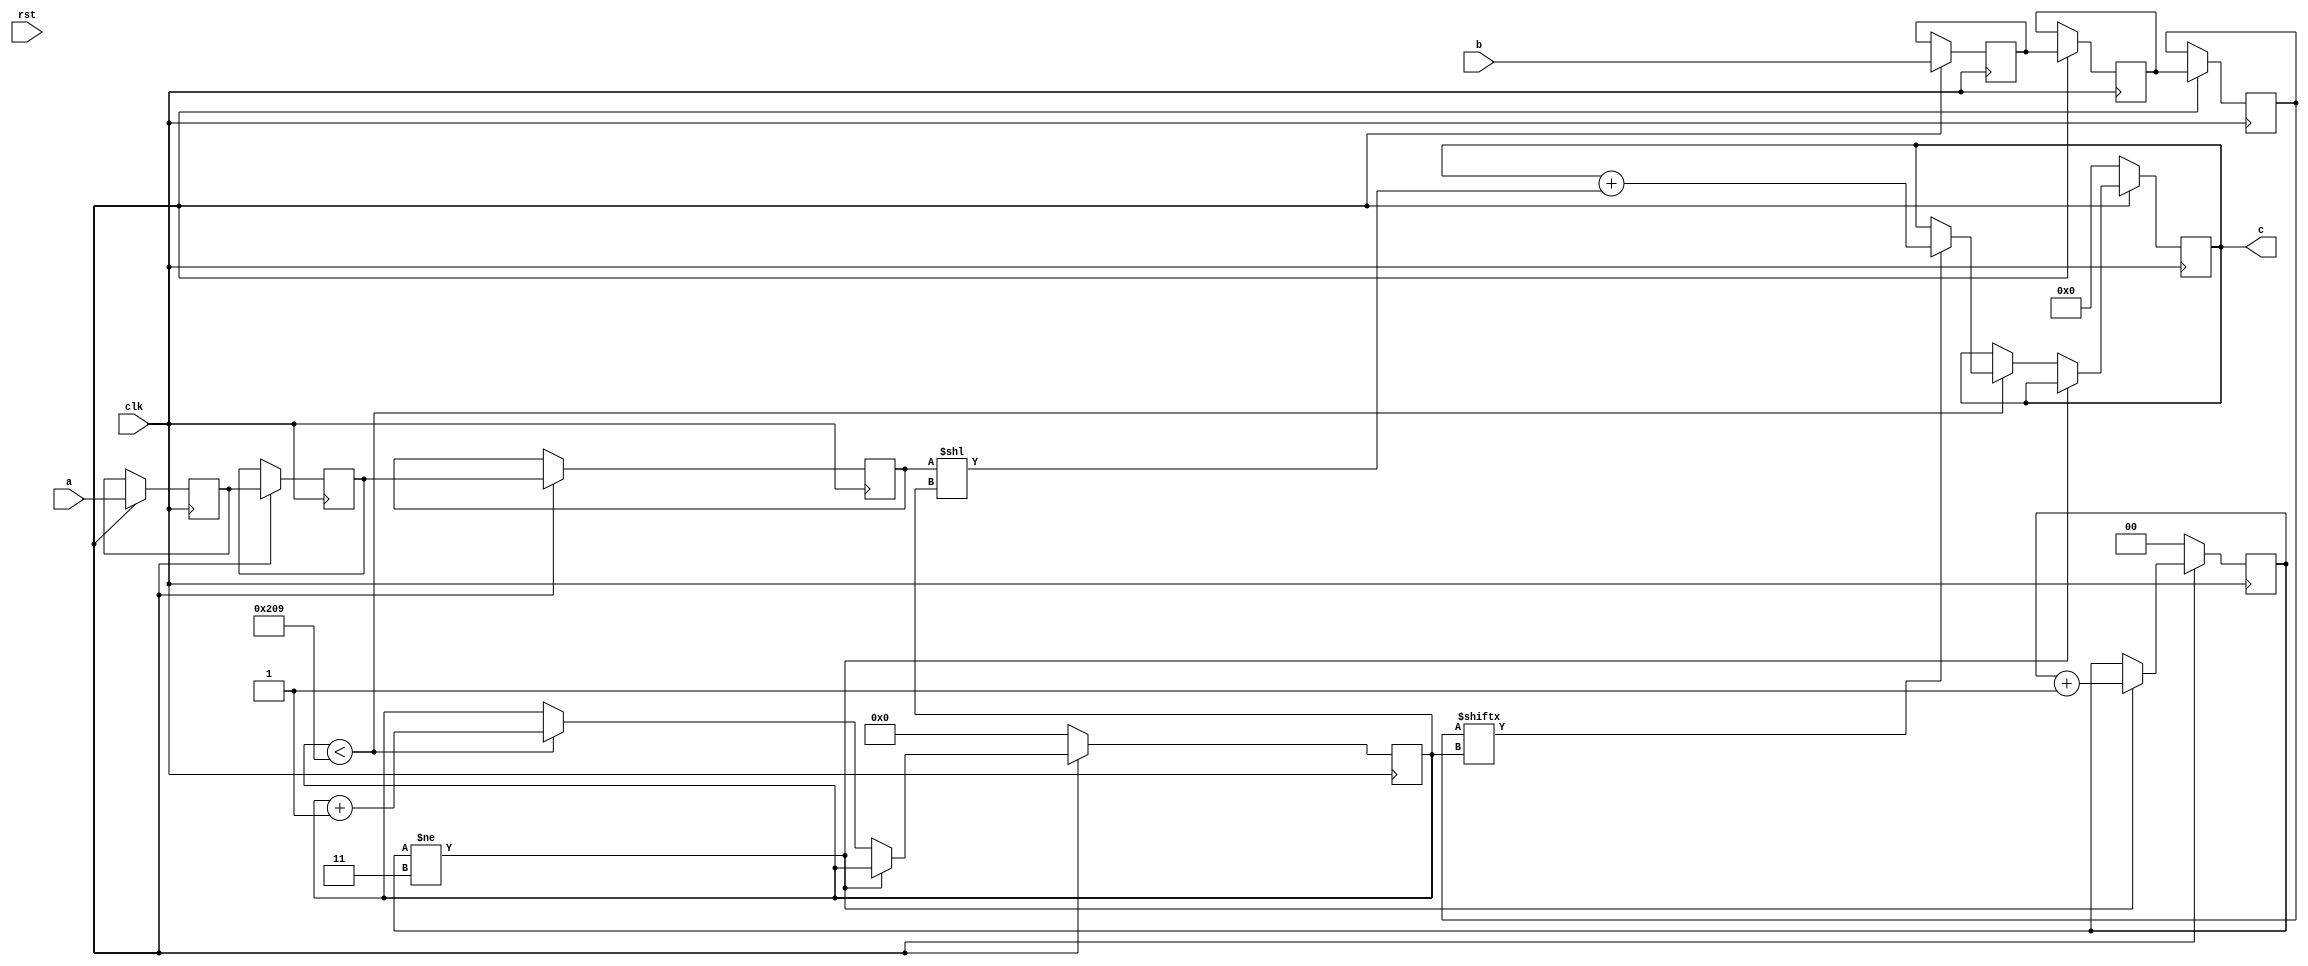
module schoolbook(clk, rst, a, b, c);
input clk;
input rst;
input [520:0] a;
input [520:0] b;
output reg [1041:0] c;

reg [520:0] a_temp_3;
reg [520:0] b_temp_3;
reg [520:0] a_temp_2;
reg [520:0] b_temp_2;
reg [520:0] a_temp_1;
reg [520:0] b_temp_1;

reg  [9:0] count;
reg  [1:0] skip;

always @(posedge clk) begin
	if (rst_n == 1'b0) begin
		c <= 1042'd0;
		count <= 10'd0;
		skip <= 2'd0;
	end
	else begin
		a_temp_1 <= a;
		b_temp_1 <= b;
		a_temp_2 <= a_temp_1;
		b_temp_2 <= b_temp_1;
		a_temp_3 <= a_temp_2;
		b_temp_3 <= b_temp_2;
		if (skip != 3) skip <= skip + 1;
		else begin
			if (count < 521) begin
				if (b_temp_3[count] == 1) begin
					c <= c + (a_temp_3 << count);
				end
				count <= count + 1;
			end
		end
	end
end
endmodule